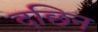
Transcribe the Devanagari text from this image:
दछिन